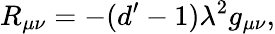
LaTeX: R_{\mu\nu}=-(d^{\prime}-1)\lambda^{2}g_{\mu\nu},